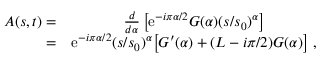
\begin{array} { r c l } { { A ( s , t ) = } } & { { { \frac { d } { d \alpha } } \left[ \mathrm { e } ^ { - i \pi \alpha / 2 } G ( \alpha ) ( s / s _ { 0 } ) ^ { \alpha } \right] } } \\ { { = } } & { { \mathrm { e } ^ { - i \pi \alpha / 2 } ( s / s _ { 0 } ) ^ { \alpha } \big [ G ^ { \prime } ( \alpha ) + ( L - i \pi / 2 ) G ( \alpha ) \big ] \ , } } \end{array}